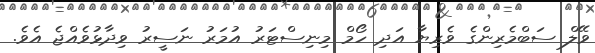
ވޭލް ސަބްމެރިންގެ ވެރިޔާ އަދި ހޯމް މިނިސްޓަރު އުމަރު ނަސީރު ވިދާޅުވެއްޖެ އެވެ.